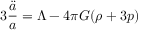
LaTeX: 3 { \frac { \ddot { a } } { a } } = \Lambda - 4 \pi G ( \rho + 3 p )